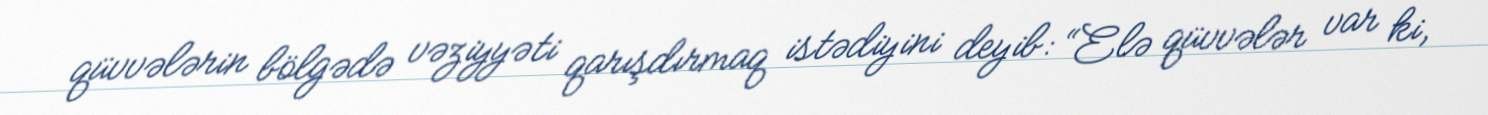
qüvvələrin bölgədə vəziyyəti qarışdırmaq istədiyini deyib: “Elə qüvvələr var ki,